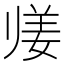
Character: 𱍴